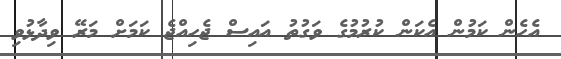
އެހެން ކަމުން އެކަން ކުރުމުގެ ވަގުތު އައިސް ޖެހިއްޖެ ކަމަށް މަރޭ ވިދާޅުވި